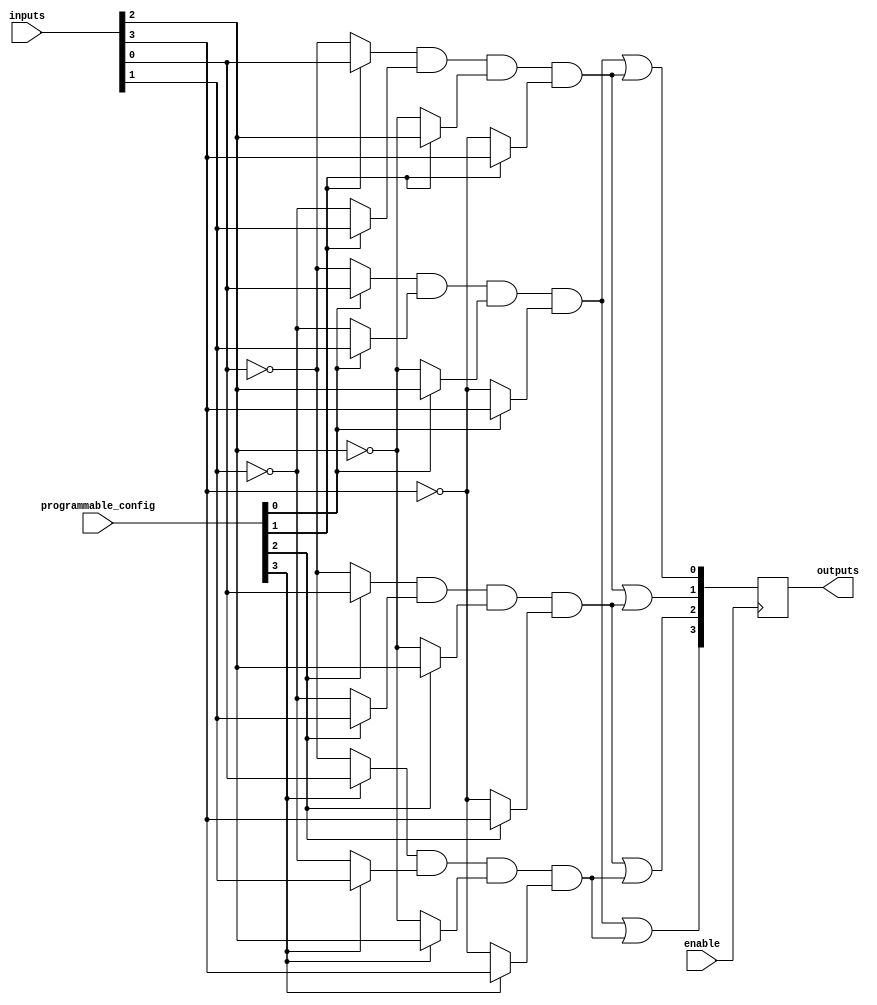
module FusedPAL #(parameter NUM_INPUTS = 8, // Number of inputs
                  parameter NUM_AND_TERMS = 4, // Number of programmable AND terms
                  parameter NUM_OUTPUTS = 4) // Number of outputs
(
    input  wire [NUM_INPUTS-1:0]  inputs,               // Input signals
    input  wire [NUM_AND_TERMS-1:0] programmable_config, // Configuration for AND terms
    input  wire                    enable,               // Enable signal for the PAL
    output reg [NUM_OUTPUTS-1:0]  outputs                // Output signals
);

// Declare the programmable AND array
wire [NUM_AND_TERMS-1:0] and_terms [NUM_INPUTS-1:0];

// Generate the programmable AND terms based on the configuration
genvar i, j;
generate
    for (i = 0; i < NUM_AND_TERMS; i = i + 1) begin : and_term_gen
        for (j = 0; j < NUM_INPUTS; j = j + 1) begin : input_gen
            assign and_terms[i][j] = programmable_config[i] ? inputs[j] : ~inputs[j]; // Select input or its complement
        end
        // Each AND gate
        assign and_terms[i] = and_terms[i][0] & and_terms[i][1] & and_terms[i][2] & and_terms[i][3]; // Assuming 4 inputs per AND gate
    end
endgenerate

// Fixed OR array to combine outputs from AND terms
always @(posedge enable) begin
    if (enable) begin
        outputs[0] <= and_terms[0] | and_terms[1]; // Output from AND terms 0 and 1
        outputs[1] <= and_terms[1] | and_terms[2]; // Output from AND terms 1 and 2
        outputs[2] <= and_terms[2] | and_terms[3]; // Output from AND terms 2 and 3
        outputs[3] <= and_terms[0] | and_terms[3]; // Output from AND terms 0 and 3
    end else begin
        outputs <= 0; // Reset outputs when not enabled
    end
end

endmodule